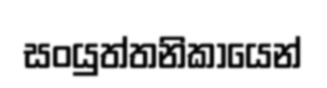
සංයුත්තනිකායෙන්